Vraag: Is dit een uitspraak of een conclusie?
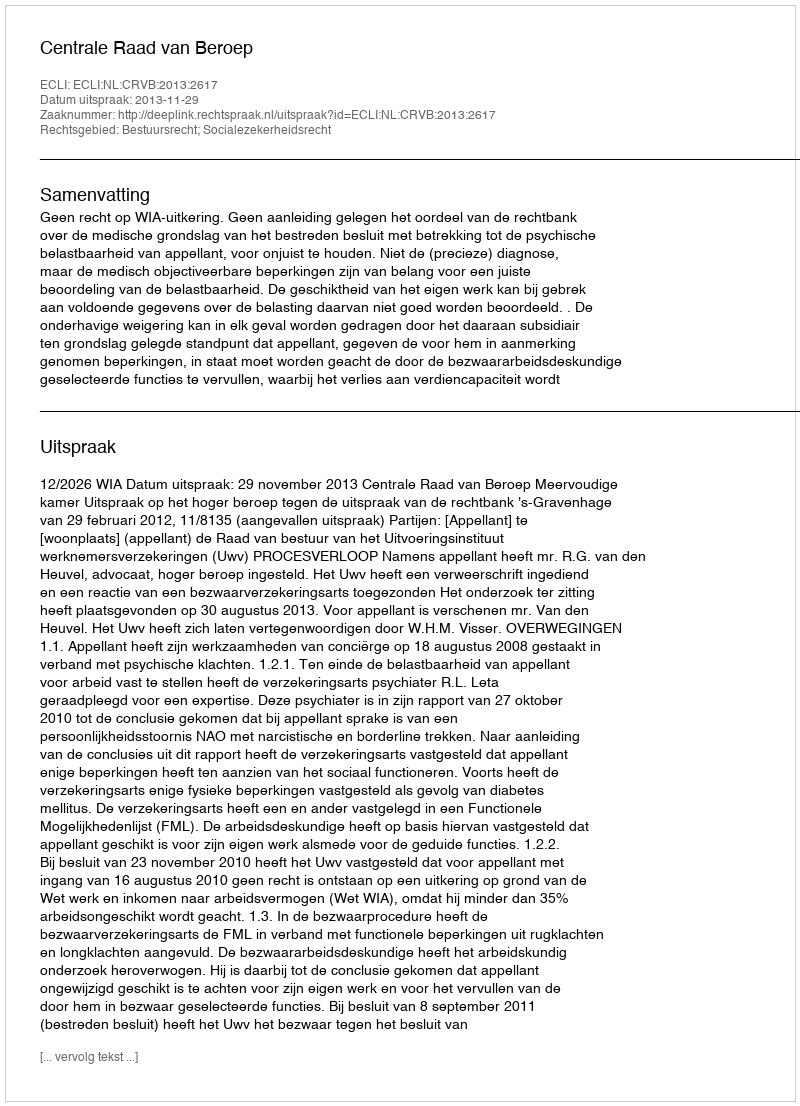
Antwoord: Uitspraak